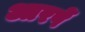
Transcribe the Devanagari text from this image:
आरपें